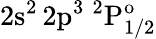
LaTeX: \mathrm{2s^{2}\, 2p^{3}~^{2}P_{1/2}^{o}}